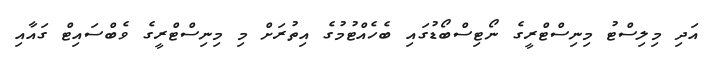
އަދި މިލިސްޓު މިނިސްޓްރީގެ ނޯޓިސްބޯޑުގައި ބެހެއްޓުމުގެ އިތުރަށް މި މިނިސްޓްރީގެ ވެބްސައިޓް ގައާއި